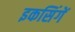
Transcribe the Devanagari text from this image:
इकसिंगें